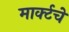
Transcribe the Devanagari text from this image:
मार्क्टचे